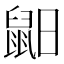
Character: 𪕈